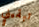
تبقيني